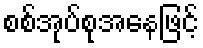
စစ်အုပ်စုအနေဖြင့်